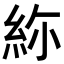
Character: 𥿜